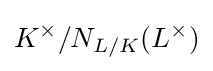
K^{\times }/N_{L/K}(L^{\times })